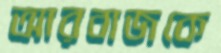
আরবাজকে